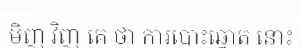
មិញ វិញ គេ ថា ការបោះឆ្នោត នោះ